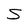
Character: S